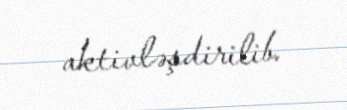
aktivləşdirilib.